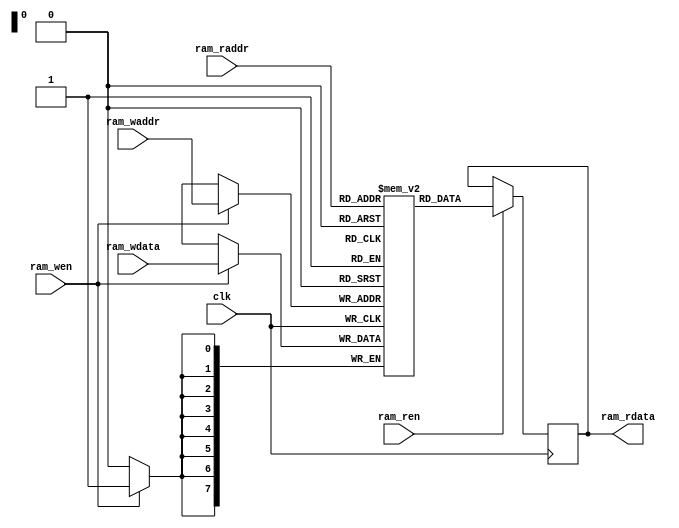
`timescale 1ns / 1ps
//////////////////////////////////////////////////////////////////////////////////
// Company: 
// Engineer: 
// 
// Create Date:
// Design Name: 
// Module Name: ram
// Project Name: 
// Target Devices: 
// Tool Versions: 
// Description: 
// 
// Dependencies: 
// 
// Revision:
// Revision 0.01 - File Created
// Additional Comments:
// 
//////////////////////////////////////////////////////////////////////////////////

module ram
#(
  parameter Len = 256 // ram
)
(
    input   wire		clk,
    
    // write
    input   wire		ram_wen,
    input   wire [7:0]	ram_waddr,
    input   wire [7:0]	ram_wdata,
    
    // read
    input   wire		ram_ren,
    input   wire [7:0]	ram_raddr,
    output  reg  [7:0]	ram_rdata
);

reg [7:0] ram_reg [0:Len-1];

// ram
always@(posedge clk)
begin
    if(ram_wen)
        ram_reg[ram_waddr] <= ram_wdata;
end

// ram
always@(posedge clk)
begin
    if(ram_ren)
        ram_rdata <= ram_reg[ram_raddr];
end

endmodule